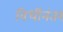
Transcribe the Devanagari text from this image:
विधींनंतर